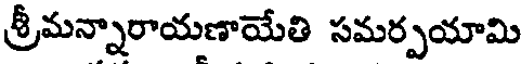
శ్రీమన్నారాయణాయేతి సమర్పయామి